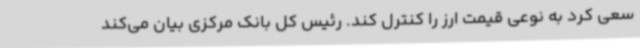
سعی کرد به نوعی قیمت ارز را کنترل کند. رئیس کل بانک مرکزی بیان می‌کند